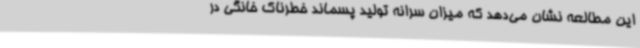
این مطالعه نشان می‌دهد که میزان سرانه تولید پسماند خطرناک خانگی در